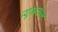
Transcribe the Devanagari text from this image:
न्यूज़कास्ट